Lunatic asylums Bombay report 1878-1890 - 1878-1890
Year: 1878
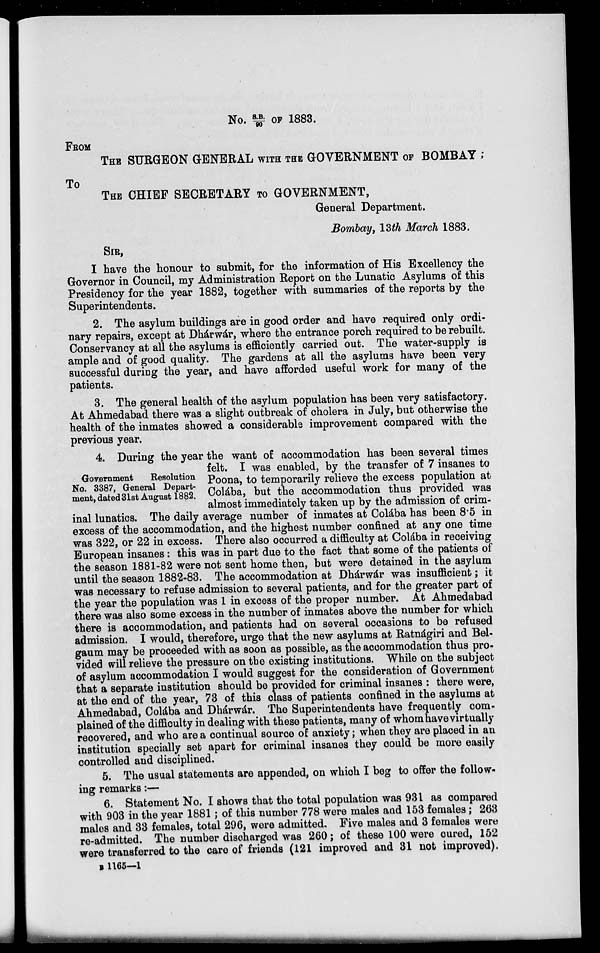
No. S.B./90 OF 1883.
FROM
THE SURGEON GENERAL WITH THE GOVERNMENT OF BOMBAY ;
TO
THE CHIEF SECRETARY TO GOVERNMENT,
General Department.
Bombay, 13th March 1883.
SIR,
I have the honour to submit, for the information of His Excellency the
Governor in Council, my Administration Report on the Lunatic Asylums of this
Presidency for the year 1882, together with summaries of the reports by the
Superintendents.
2. The asylum buildings are in good order and have required only ordi-
nary repairs, except at Dhárwár, where the entrance porch required to be rebuilt.
Conservancy at all the asylums is efficiently carried out. The water-supply is
ample and of good quality. The gardens at all the asylums have been very
successful during the year, and have afforded useful work for many of the
patients.
3. The general health of the asylum population has been very satisfactory.
At Ahmedabad there was a slight outbreak of cholera in July, but otherwise the
health of the inmates showed a considerable improvement compared with the
previous year.
Government
Resolution
No. 3387, General Depart-
ment, dated 31st August 1882.
4. During the year the want of accommodation has been several times
felt. I was enabled, by the transfer of 7 insanes to
Poona, to temporarily relieve the excess population at
Colába, but the accommodation thus provided was
almost immediately taken up by the admission of crim-
inal lunatics. The daily average number of inmates at Colába has been 8.5 in
excess of the accommodation, and the highest number confined at any one time
was 322, or 22 in excess. There also occurred a difficulty at Colába in receiving
European insanes: this was in part due to the fact that some of the patients of
the season 1881-82 were not sent home then, but were detained in the asylum
until the season 1882-83. The accommodation at Dhárwár was insufficient; it
was necessary to refuse admission to several patients, and for the greater part of
the year the population was 1 in excess of the proper number. At Ahmedabad
there was also some excess in the number of inmates above the number for which
there is accommodation, and patients had on several occasions to be refused
admission. I would, therefore, urge that the new asylums at Ratnágiri and Bel-
gaum may be proceeded with as soon as possible, as the accommodation thus pro-
vided will relieve the pressure on the existing institutions. While on the subject
of asylum accommodation I would suggest for the consideration of Government
that a separate institution should be provided for criminal insanes : there were,
at the end of the year, 73 of this class of patients confined in the asylums at
Ahmedabad, Colába and Dhárwár. The Superintendents have frequently com-
plained of the difficulty in dealing with these patients, many of whom have virtually
recovered, and who are a continual source of anxiety; when they are placed in an
institution specially set apart for criminal insanes they could be more easily
controlled and disciplined.
5. The usual statements are appended, on which I beg to offer the follow-
ing remarks:—
6. Statement No. I shows that the total population was 931 as compared
with 903 in the year 1881; of this number 778 were males and 153 females ; 263
males and 33 Females. total 296, were admitted. Five males and 3 females were
re-admitted. The number discharged was 260; of these 100 were cured, 152
were transferred to the care of friends (121 improved and 31 not improved).
B 1165—1